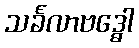
သင်္ခလာဗဒ္ဓေါ